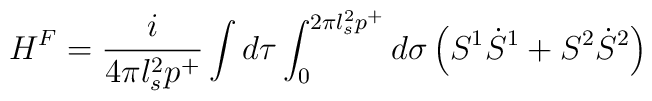
H^F = \frac{i}{4 \pi l_s^2 p^+} \int d \tau \int_{0}^{2 \pi l_s^2 p^+} d \sigma\left( S^1 \dot{S}^1 +  S^2 \dot{S}^2 \right)